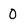
Character: 0